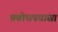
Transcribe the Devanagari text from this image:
प्रबोधपचासा